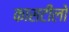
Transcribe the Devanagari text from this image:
कासटीलो